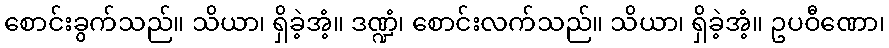
စောင်းခွက်သည်။ သိယာ၊ ရှိခဲ့အံ့။ ဒဏ္ဍံ၊ စောင်းလက်သည်။ သိယာ၊ ရှိခဲ့အံ့။ ဥပဝီဏော၊